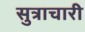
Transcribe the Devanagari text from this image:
सुत्राचारी